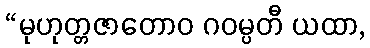
“မုဟုတ္တဇာတောဝ ဂဝမ္ပတီ ယထာ,